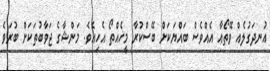
އުނދަގުލެއް ވޭތޯއާ އެއްވެސް ބައްޔަކަށް ބޭސްކުރާ މީހެއްތޯ އެހިއެވެ. މަންޝާގެ ޖަވާބުތަކަށް ބުރަވެ